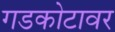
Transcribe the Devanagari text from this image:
गडकोटावर